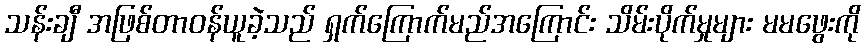
သန်းချီ အဖြစ်တာဝန်ယူခဲ့သည် ရှက်ကြောက်မည်အကြောင်း သိမ်းပိုက်မှုများ မမဖွေးကို